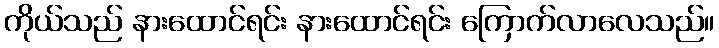
ကိုယ်သည် နားထောင်ရင်း နားထောင်ရင်း ကြောက်လာလေသည်။